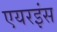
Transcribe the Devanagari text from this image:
एयरइंस